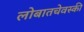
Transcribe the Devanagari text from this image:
लोबातचेवस्की